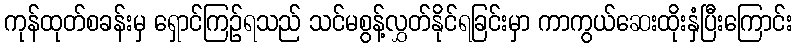
ကုန်ထုတ်စခန်းမှ ရှောင်ကြဉ်ရသည် သင်မစွန့်လွှတ်နိုင်ရခြင်းမှာ ကာကွယ်ဆေးထိုးနှံပြီးကြောင်း